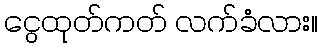
ငွေထုတ်ကတ် လက်ခံလား။